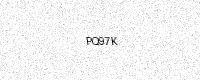
Text: PQ97K